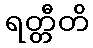
ရတ္တီတိ